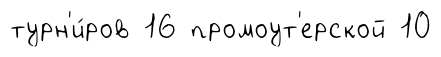
турн'и́ров 16 промоут'ерской 10